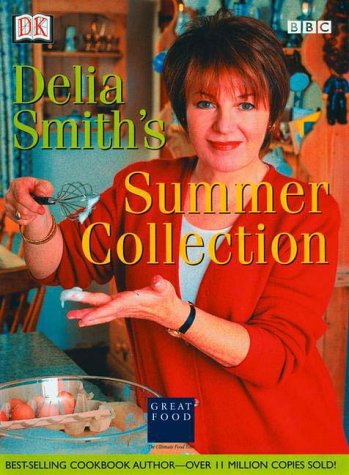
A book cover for Delia Smith's Summer Collection; Delia Smith; Crafts, Hobbies & Home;